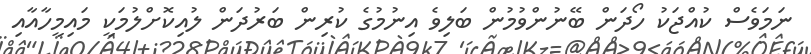
ނަމަވެސް ކުއްޖަކު ހޯދަން ބޭނުންވުމުން ބަލިވެ އިނުމުގެ ކުރިން ބަރުދަން ލުއިކޮށްލުމަކީ މައިމީހާއާއި